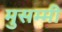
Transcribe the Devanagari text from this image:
मुसम्मी